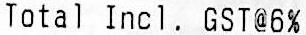
TOTAL INCL. GST@6%